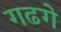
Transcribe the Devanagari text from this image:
गढगे